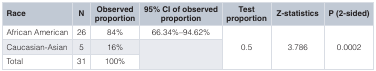
<table><thead><tr><td><b>Race</b></td><td><b>N</b></td><td><b>Observedproportion</b></td><td><b>95% CI of observedproportion</b></td><td><b>Testproportion</b></td><td><b>Z-statistics</b></td><td><b>P (2-sided)</b></td></tr></thead><tbody><tr><td>African American</td><td>26</td><td>84%</td><td>66.34%–94.62%</td><td rowspan="3">0.5</td><td rowspan="3">3.786</td><td rowspan="3">0.0002</td></tr><tr><td>Caucasian-Asian</td><td>5</td><td>16%</td><td rowspan="2"></td></tr><tr><td>Total</td><td>31</td><td>100%</td></tr></tbody></table>